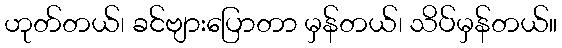
ဟုတ်တယ်၊ ခင်ဗျားပြောတာ မှန်တယ်၊ သိပ်မှန်တယ်။